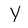
Character: Y